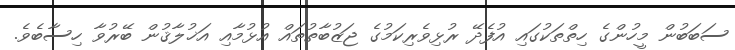
ސަބަބުން މީހުންގެ ހިތްތަކުގައި އުފެދޭ ރުޅިވެރިކަމުގެ ޖަޒުބާތުތައް އުޅުމާއި އަޚުލާޤުން ބޭރުވާ ހިސާބެވެ.